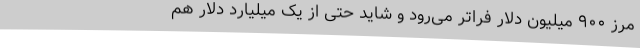
مرز ۹۰۰ میلیون دلار فراتر می‌رود و شاید حتی از یک میلیارد دلار هم